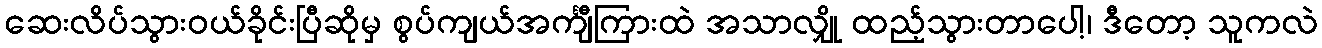
ဆေးလိပ်သွားဝယ်ခိုင်းပြီဆိုမှ စွပ်ကျယ်အင်္ကျီကြားထဲ အသာလျှို ထည့်သွားတာပေါ့၊ ဒီတော့ သူကလဲ